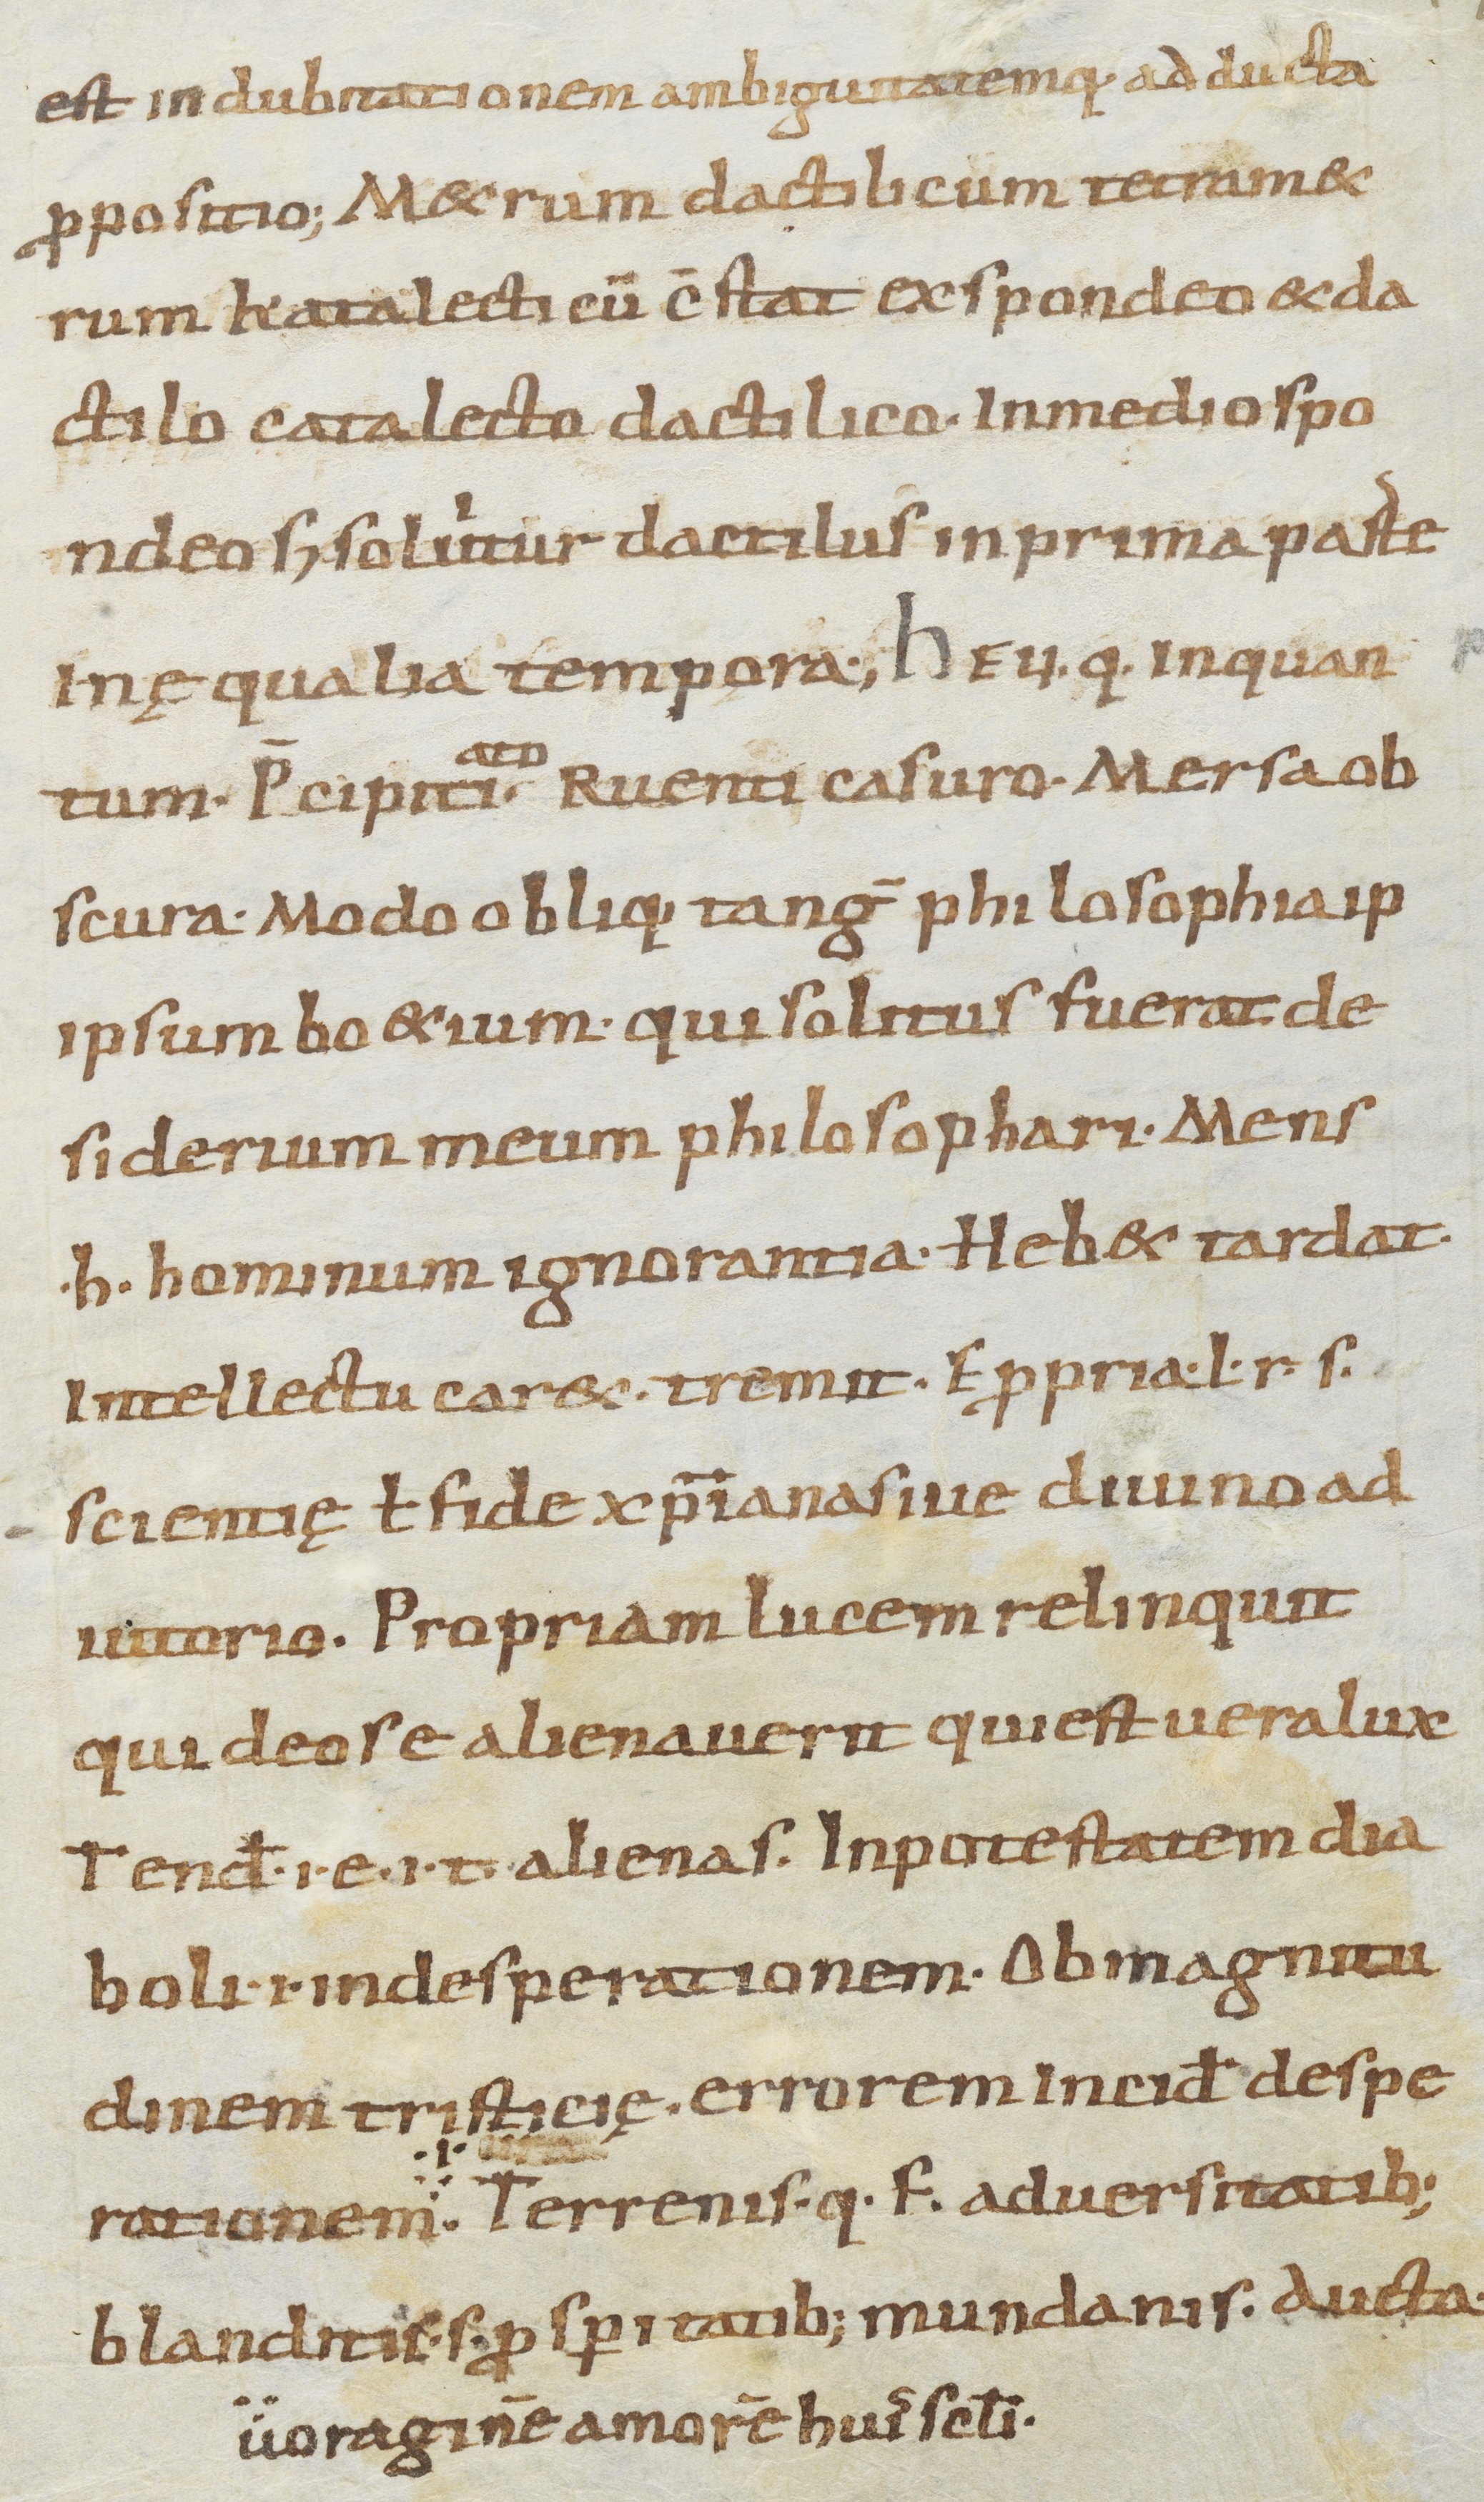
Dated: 900–999